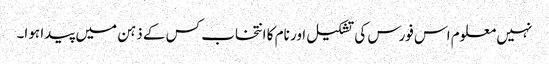
نہیں معلوم اس فورس کی تشکیل اور نام کا انتخاب کس کے ذہن میں پیدا ہوا۔